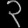
Digit: ၃